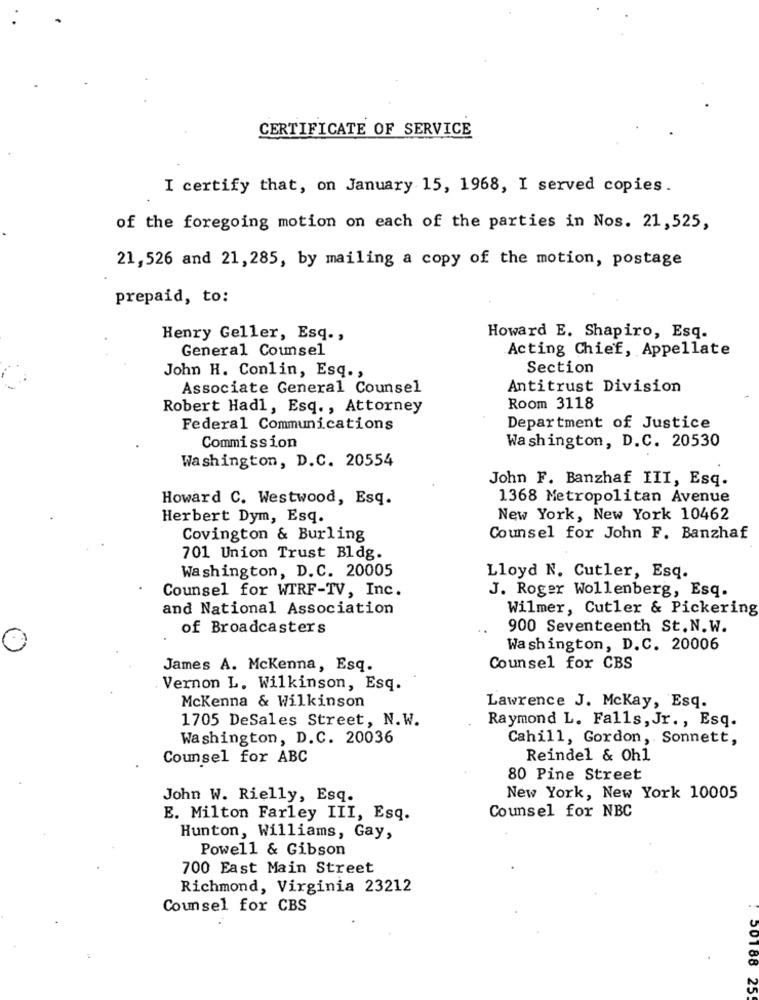
CERTIFICATE OF SERVICE
I certify that, on January 15, 1968, I served copies.
of the foregoing motion on each of the parties in Nos. 21,525,
21,526 and 21,285, by mailing a copy of the motion, postage
prepaid, to:
Henry Geller, Esq .,
Howard E. Shapiro, Esq.
General Counsel
Acting Chief, Appellate
John H. Conlin, Esq .,
Section
Associate General Counsel
Antitrust Division
Robert Had1, Esq ., Attorney
Room 3118
Federal Communications
Department of Justice
Commission
Washington, D.C. 20530
Washington, D.C. 20554
John F. Banzhaf III, Esq.
Howard C. Westwood, Esq.
1368 Metropolitan Avenue
Herbert Dym, Esq.
New York, New York 10462
Covington & Burling
Counsel for John F. Banzhaf
701 Union Trust Bldg.
Washington, D.C. 20005
Lloyd N. Cutler, Esq.
Counsel for WTRF-TV, Inc.
J. Roger Wollenberg, Esq.
and National Association
Wilmer, Cutler & Pickering
of Broadcasters
900 Seventeenth St.N.W.
Washington, D.C. 20006
James A. Mckenna, Esq.
Counsel for CBS
Vernon L. Wilkinson, Esq.
Mckenna & Wilkinson
Lawrence J. Mckay, Esq.
1705 DeSales Street, N.W.
Raymond L. Falls, Jr ., Esq.
Washington, D.C. 20036
Cahill, Gordon, Sonnett,
Counsel for ABC
Reindel & Oh1
80 Pine Street
John W. Rielly, Esq.
New York, New York 10005
Counsel for NBC
E. Milton Farley III, Esq.
Hunton, Williams, Gay,
Powell & Gibson
700 East Main Street
Richmond, Virginia 23212
Counsel for CBS
50188
CZ